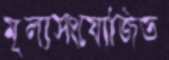
মূল্যসংযোজিত